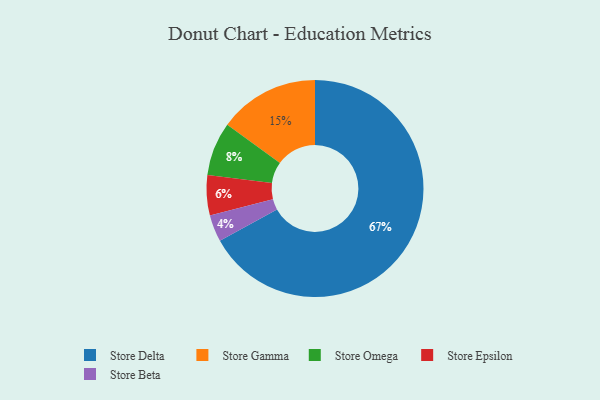
{"axis": {"x": "Category", "y": "Percentage"}, "legend": ["Store Beta", "Store Delta", "Store Epsilon", "Store Gamma", "Store Omega"], "data": [{"x": "Store Omega", "y": 8, "type": "Store Omega"}, {"x": "Store Epsilon", "y": 6, "type": "Store Epsilon"}, {"x": "Store Delta", "y": 67, "type": "Store Delta"}, {"x": "Store Beta", "y": 4, "type": "Store Beta"}, {"x": "Store Gamma", "y": 15, "type": "Store Gamma"}]}